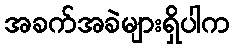
အခက်အခဲများရှိပါက